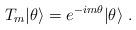
LaTeX: \begin{align*}T_{m}|\theta\rangle=e^{-im\theta}|\theta\rangle \ .\end{align*}